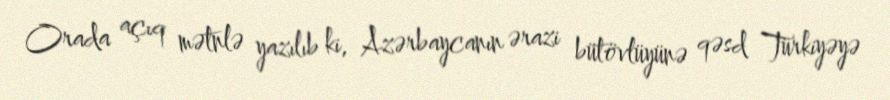
Orada açıq mətnlə yazılıb ki, Azərbaycanın ərazi bütövlüyünə qəsd Türkiyəyə